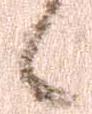
候